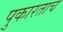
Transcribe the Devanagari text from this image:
पुकारताच